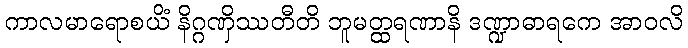
ကာလမာရောစယိံ နိဂ္ဂဏှိဿတီတိ ဘူမတ္ထရဏာနိ ဒဏ္ဍာဓာရကေ အာဝလိ